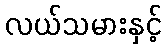
လယ်သမားနှင့်